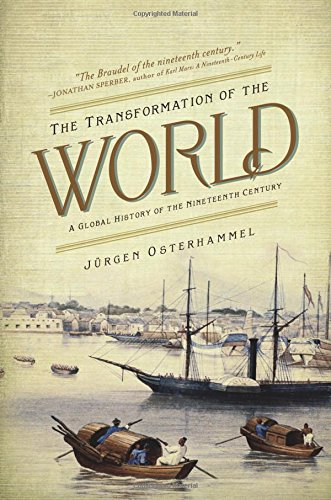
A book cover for The Transformation of the World: A Global History of the Nineteenth Century (America in the World); JÃ¼rgen Osterhammel; Business & Money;